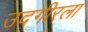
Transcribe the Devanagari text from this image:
उदगीरला